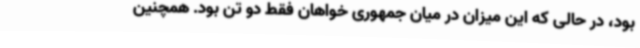
بود، در حالی که این میزان در میان جمهوری خواهان فقط دو تن بود. همچنین